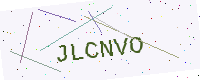
Text: JLCNVO